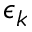
\epsilon _ { k }